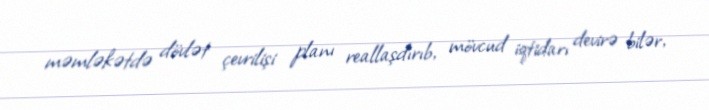
məmləkətdə dövlət çevrilişi planı reallaşdırıb, mövcud iqtidarı devirə bilər,